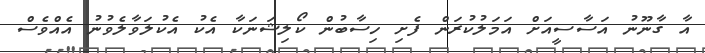
އާ ގާނޫނު އަސާސީއަށް އަމަލުކުރަން ފެށި ހިސާބުން ކޯލިޝަނަކާ އެކު އެކުލަވާލެވުނު އެއްވެސް